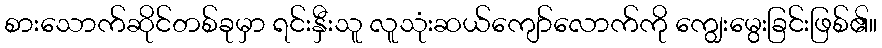
စားသောက်ဆိုင်တစ်ခုမှာ ရင်းနှီးသူ လူသုံးဆယ်ကျော်လောက်ကို ကျွေးမွေးခြင်းဖြစ်၏။